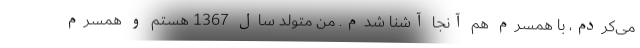
می‌کردم، با همسرم هم آنجا آشنا شدم. من متولد سال 1367 هستم و همسرم